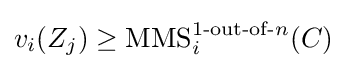
v_{i}(Z_{j})\geq \operatorname {MMS} _{i}^{1{\text{-out-of-}}n}(C)